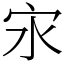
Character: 㲾